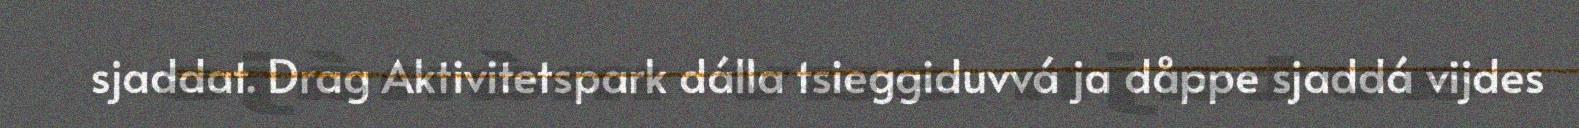
sjaddat. Drag Aktivitetspark dálla tsieggiduvvá ja dåppe sjaddá vijdes